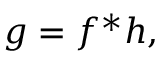
g = f ^ { \ast } h ,